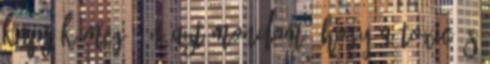
kapják meg. Én azt mondom, hogy a Toxic és